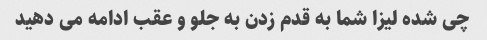
چی شده لیزا شما به قدم زدن به جلو و عقب ادامه می دهید